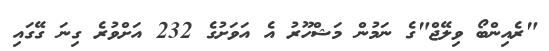
"ރެއިންބޯ ވިލޭޖް"ގެ ނަމުން މަޝްހޫރު އެ އަވަށުގެ 232 އަށްވުރެ ގިނަ ގޭގައި